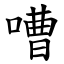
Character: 嘈